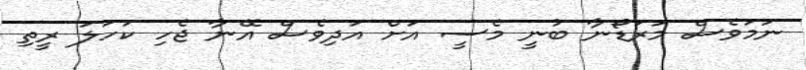
ނަމަވެސް މަރަޑޯނާ ބުނީ މެސީ އަށް އަދިވެސް އޭނާ ޖެހި ކަހަލަ ރީތި